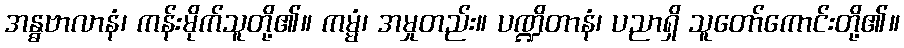
အန္ဓဗာလာနံ၊ ကန်းမိုက်သူတို့၏။ ကမ္မံ၊ အမှုတည်း။ ပဏ္ဍိတာနံ၊ ပညာရှိ သူတော်ကောင်းတို့၏။